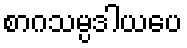
စာဂသမ္ပဒါယပေ